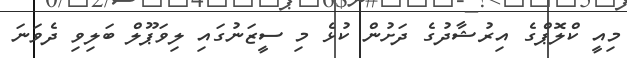
މިއީ ކްލޮޕްގެ އިރުޝާދުގެ ދަށުން ކުޅެ މި ސީޒަނުގައި ލިވަޕޫލް ބަލިވި ދެވަނަ